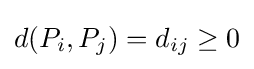
d(P_{i},P_{j})=d_{ij}\geq 0